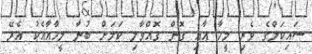
ސައިކަލްގެ ވެރި މީހާ އާއި ގޮން ގޮއްވާލި ކަމަށް ބުނާ މީހާއާއެކު އެރޭ